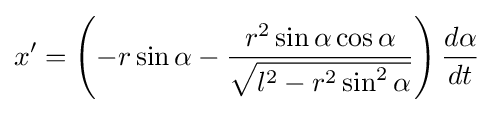
x'=\left(-r\sin \alpha -{\frac {r^{2}\sin \alpha \cos \alpha }{\sqrt {l^{2}-r^{2}\sin ^{2}\alpha }}}\right){\frac {d\alpha }{dt}}